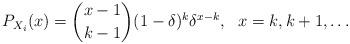
LaTeX: \begin{align*}P_{X_i}(x)= {{x-1}\choose{k-1}} (1-\delta)^k \delta^{x-k}, \ \ x=k,k+1,\ldots\end{align*}